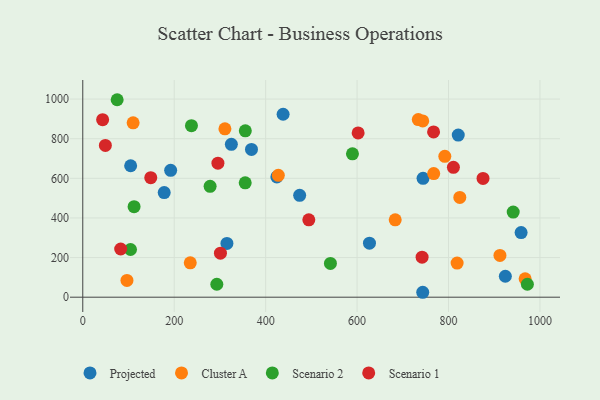
{"axis": {"x": "Distance", "y": "Salary"}, "legend": ["Cluster A", "Projected", "Scenario 1", "Scenario 2"], "data": [{"x": "627.1", "y": 272.8, "type": "Projected"}, {"x": "325.0", "y": 771.5, "type": "Projected"}, {"x": "958.8", "y": 326.1, "type": "Projected"}, {"x": "438.2", "y": 923.5, "type": "Projected"}, {"x": "104.7", "y": 663.5, "type": "Projected"}, {"x": "178.1", "y": 528.3, "type": "Projected"}, {"x": "743.6", "y": 24.8, "type": "Projected"}, {"x": "315.3", "y": 271.3, "type": "Projected"}, {"x": "424.5", "y": 607.3, "type": "Projected"}, {"x": "192.2", "y": 640.3, "type": "Projected"}, {"x": "744.3", "y": 600.2, "type": "Projected"}, {"x": "821.3", "y": 818.6, "type": "Projected"}, {"x": "369.0", "y": 746.0, "type": "Projected"}, {"x": "474.4", "y": 514.2, "type": "Projected"}, {"x": "924.3", "y": 105.8, "type": "Projected"}, {"x": "818.8", "y": 172.0, "type": "Cluster A"}, {"x": "743.6", "y": 889.7, "type": "Cluster A"}, {"x": "235.1", "y": 173.6, "type": "Cluster A"}, {"x": "110.1", "y": 880.0, "type": "Cluster A"}, {"x": "427.7", "y": 615.0, "type": "Cluster A"}, {"x": "791.9", "y": 711.3, "type": "Cluster A"}, {"x": "310.9", "y": 849.7, "type": "Cluster A"}, {"x": "767.6", "y": 623.8, "type": "Cluster A"}, {"x": "912.5", "y": 211.0, "type": "Cluster A"}, {"x": "967.6", "y": 92.8, "type": "Cluster A"}, {"x": "824.7", "y": 503.4, "type": "Cluster A"}, {"x": "733.9", "y": 896.4, "type": "Cluster A"}, {"x": "96.6", "y": 84.5, "type": "Cluster A"}, {"x": "683.4", "y": 390.4, "type": "Cluster A"}, {"x": "278.5", "y": 559.5, "type": "Scenario 2"}, {"x": "589.9", "y": 723.6, "type": "Scenario 2"}, {"x": "75.2", "y": 996.8, "type": "Scenario 2"}, {"x": "941.5", "y": 429.9, "type": "Scenario 2"}, {"x": "972.5", "y": 65.2, "type": "Scenario 2"}, {"x": "355.5", "y": 840.0, "type": "Scenario 2"}, {"x": "541.7", "y": 170.6, "type": "Scenario 2"}, {"x": "293.2", "y": 65.4, "type": "Scenario 2"}, {"x": "237.7", "y": 865.6, "type": "Scenario 2"}, {"x": "104.4", "y": 240.8, "type": "Scenario 2"}, {"x": "112.2", "y": 456.7, "type": "Scenario 2"}, {"x": "355.3", "y": 577.2, "type": "Scenario 2"}, {"x": "82.9", "y": 243.2, "type": "Scenario 1"}, {"x": "301.1", "y": 222.1, "type": "Scenario 1"}, {"x": "875.5", "y": 599.6, "type": "Scenario 1"}, {"x": "49.4", "y": 766.0, "type": "Scenario 1"}, {"x": "742.2", "y": 202.1, "type": "Scenario 1"}, {"x": "148.7", "y": 603.3, "type": "Scenario 1"}, {"x": "810.7", "y": 655.7, "type": "Scenario 1"}, {"x": "494.4", "y": 390.7, "type": "Scenario 1"}, {"x": "767.3", "y": 834.5, "type": "Scenario 1"}, {"x": "43.4", "y": 896.2, "type": "Scenario 1"}, {"x": "295.6", "y": 676.7, "type": "Scenario 1"}, {"x": "602.3", "y": 829.4, "type": "Scenario 1"}]}